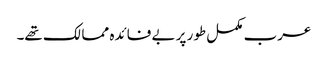
عرب مکمل طور پر بے فائدہ ممالک تھے۔